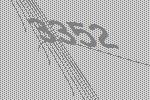
3352